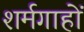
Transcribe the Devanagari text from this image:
शर्मगाहों